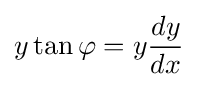
y\tan \varphi =y{\frac {dy}{dx}}